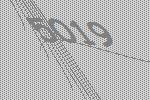
5019